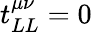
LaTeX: t_{LL}^{\mu\nu}=0